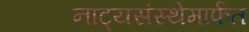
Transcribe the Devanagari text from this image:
नाट्यसंस्थेमार्फत